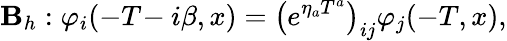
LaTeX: \mathbf{B}_{h}:\varphi_{i}(-T\! -i\beta,x)=\left(e^{\eta_{a}T^{a}}\right)_{ij}\varphi_{j}(-T,x),